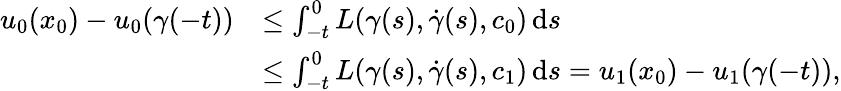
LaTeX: \begin{array}{rl}{u_{0}(x_{0})-u_{0}(\gamma(-t))}&{\leq\int_{-t}^{0}L(\gamma(s),\dot{\gamma}(s),c_{0})\, \mathrm{d}s}\\ &{\leq\int_{-t}^{0}L(\gamma(s),\dot{\gamma}(s),c_{1})\, \mathrm{d}s=u_{1}(x_{0})-u_{1}(\gamma(-t)),}\end{array}